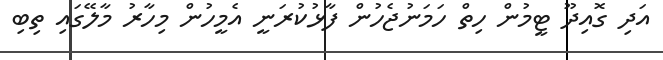
އަދި ގޮއިދޫ ޓީމުން ހިތް ހަމަނުޖެހުން ފާޅުކުރަނީ އެމީހުން މިހާރު މާލޭގައި ތިބި